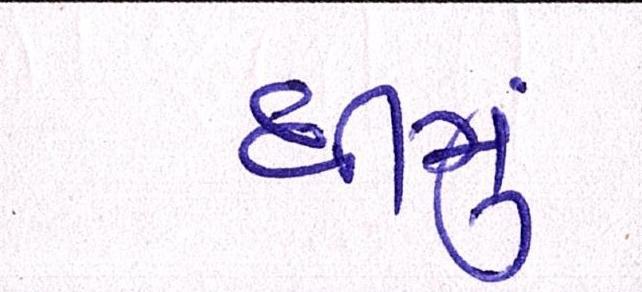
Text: ધીમુ